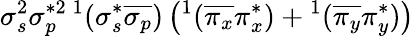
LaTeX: \sigma_{s}^{2}\sigma_{p}^{*2}{}\, ^{1}(\sigma_{s}^{*}\overline{{\sigma_{p}}})\left(^1(\overline{{\pi_{x}}}\pi_{x}^{*})+{}^{1}(\overline{{\pi_{y}}}\pi_{y}^{*})\right)